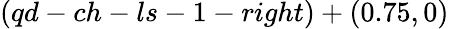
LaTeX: (qd-ch-ls-1-right)+(0.75,0)